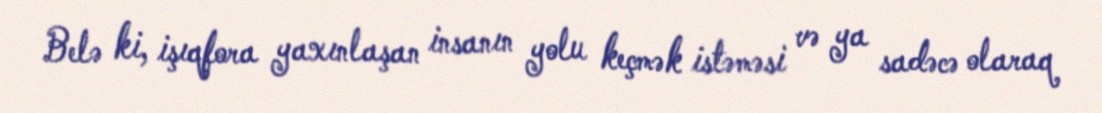
Belə ki, işıqfora yaxınlaşan insanın yolu keçmək istəməsi və ya sadəcə olaraq